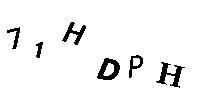
71HDPH